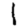
Digit: 1